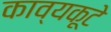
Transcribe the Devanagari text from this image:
काव्यकूटे